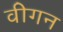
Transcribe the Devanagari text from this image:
वीगन